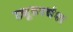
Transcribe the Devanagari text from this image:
ट्यूडरवंश